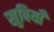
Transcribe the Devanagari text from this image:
खुबियाँ